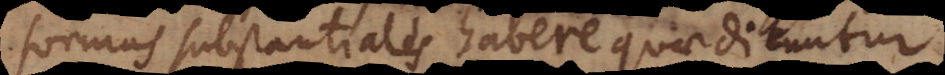
formas substantiales habere quae dicuntur